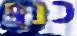
כנף